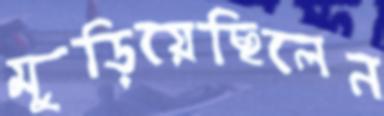
মুড়িয়েছিলেন